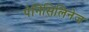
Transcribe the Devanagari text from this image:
पेनिसिलिनेज